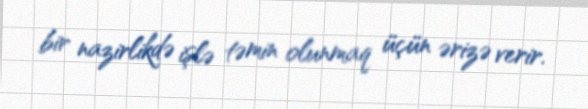
bir nazirlikdə işlə təmin olunmaq üçün ərizə verir.